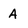
Character: A